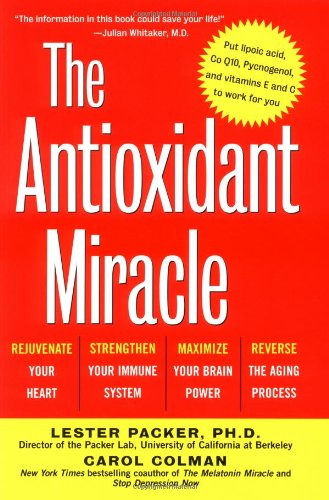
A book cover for The Antioxidant Miracle: Put Lipoic Acid, Pycnogenol, and Vitamins E and C to Work for You; Lester Packer; Health, Fitness & Dieting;